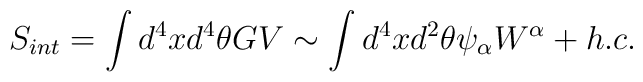
S_{int}=\int d^{4} x d^{4}\theta GV\sim\int d^{4}x d^{2}\theta \psi_{\alpha}W^{\alpha} +h.c.